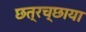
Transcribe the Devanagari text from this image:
छत्रच्छाया